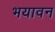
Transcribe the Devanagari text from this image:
भयावन